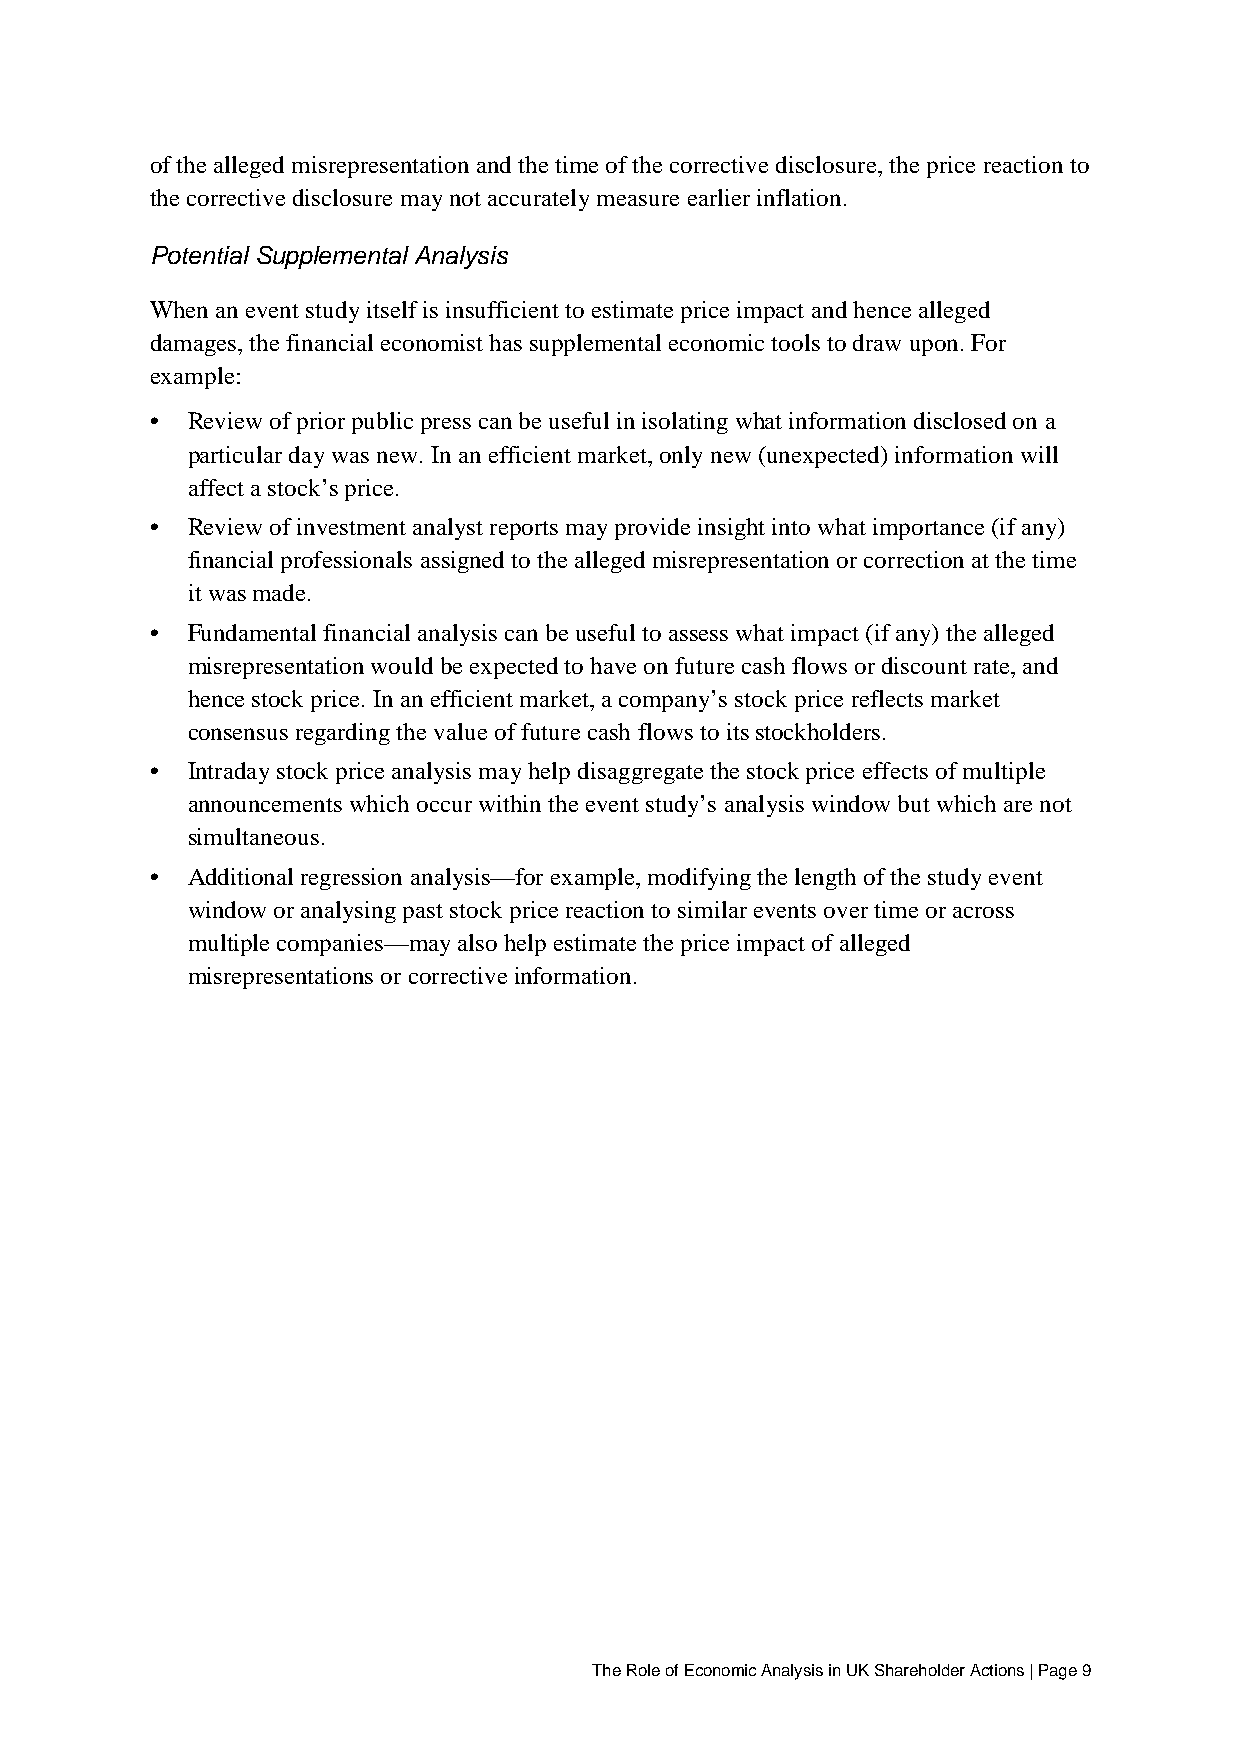
of the alleged misrepresentation and the time of the corrective disclosure, the price reaction to
 the corrective disclosure may not accurately measure earlier inflation.
 Potential Supplemental Analysis
 When an event study itself is insufficient to estimate price impact and hence alleged
 damages, the financial economist has supplemental economic tools to draw upon. For
 example:
 • Review of prior public press can be useful in isolating what information disclosed on a
 particular day was new. In an efficient market, only new (unexpected) information will
 affect a stock’s price.
 • Review of investment analyst reports may provide insight into what importance (if any)
 financial professionals assigned to the alleged misrepresentation or correction at the time
 it was made.
 • Fundamental financial analysis can be useful to assess what impact (if any) the alleged
 misrepresentation would be expected to have on future cash flows or discount rate, and
 hence stock price. In an efficient market, a company’s stock price reflects market
 consensus regarding the value of future cash flows to its stockholders.
 • Intraday stock price analysis may help disaggregate the stock price effects of multiple
 announcements which occur within the event study’s analysis window but which are not
 simultaneous.
 • Additional regression analysis—for example, modifying the length of the study event
 window or analysing past stock price reaction to similar events over time or across
 multiple companies—may also help estimate the price impact of alleged
 misrepresentations or corrective information.
 The Role of Economic Analysis in UK Shareholder Actions | Page 9